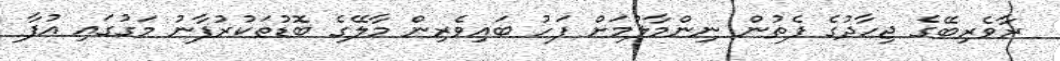
ރާވެރިބޭގެ ޖިހާދުގެ ފެތުން ނިންމާލުމަށް ފަހު ބައިވެރިން މާލޭގެ ބޮޑުތަކުރުފާނު މަގުގައި އުފާ